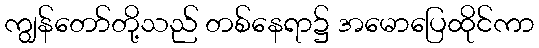
ကျွန်တော်တို့သည် တစ်နေရာ၌ အမောပြေထိုင်ကာ